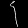
Digit: ၄